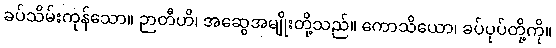
ခပ်သိမ်းကုန်သော။ ဉာတီဟိ၊ အဆွေအမျိုးတို့သည်။ ကောသိယော၊ ခပ်ပုပ်တို့ကို။